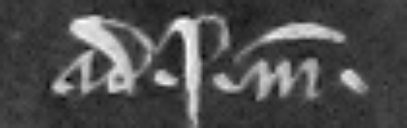
ad. i. marcam.